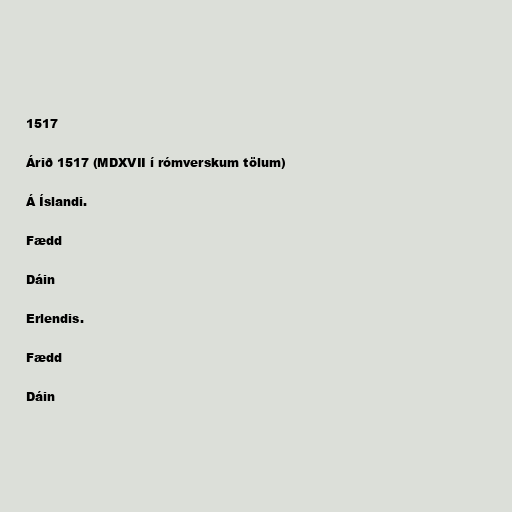
1517

Árið 1517 (MDXVII í rómverskum tölum)

Á Íslandi.

Fædd

Dáin

Erlendis.

Fædd

Dáin